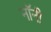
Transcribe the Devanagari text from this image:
नॉनी